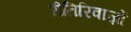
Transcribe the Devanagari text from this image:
रीतिरिवाज़ों